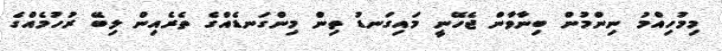
މިމުހިއްމު ނިންމުން ބިނާވާން ޖެހޭނީ މައިގަނޑު ތިން މިންގަނޑެއްގެ ތެރެއިން ލިބޭ ރުހުމެއްގެ